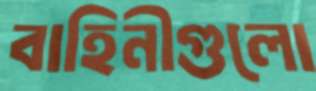
বাহিনীগুলো